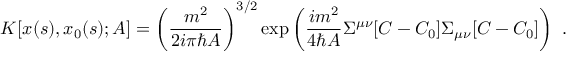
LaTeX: K [ x ( s ) , x _ { 0 } ( s ) ; A ] = \left( { \frac { m ^ { 2 } } { 2 i \pi \hbar A } } \right) ^ { 3 / 2 } \exp \left( { \frac { i m ^ { 2 } } { 4 \hbar A } } \Sigma ^ { \mu \nu } [ C - C _ { 0 } ] \Sigma _ { \mu \nu } [ C - C _ { 0 } ] \right) \ .